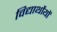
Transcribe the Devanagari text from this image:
विद्यार्थोयों